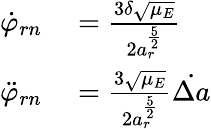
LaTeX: \begin{array}{rl}{\dot{\varphi}_{rn}}&{{}=\frac{3\delta\sqrt{\mu_{E}}}{2a_{r}^{\frac{5}{2}}}}\\ {\ddot{\varphi}_{rn}}&{{}=\frac{3\sqrt{\mu_{E}}}{2a_{r}^{\frac{5}{2}}}\dot{\Delta a}}\end{array}